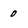
Character: 0